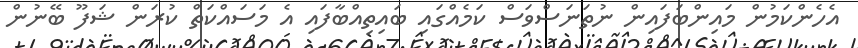
އެހެންކަމުން މައިންބަފައިން ނުތަނަސްވަސް ކަމެއްގައި ބައިތިއްބާފައި އެ މަސައްކަތް ކުރަން ޝަފޫ ބޭނުން